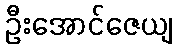
ဦးအောင်ဇေယျ